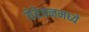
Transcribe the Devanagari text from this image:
येरेवनमध्ये